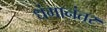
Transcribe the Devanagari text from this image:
धंगानंतर